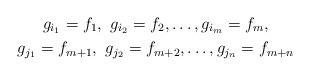
LaTeX: \begin{gather*}g_{i_1}=f_1,\ g_{i_2}=f_2,\dots,g_{i_m}=f_m,\\g_{j_1}=f_{m+1},\ g_{j_2}=f_{m+2},\dots, g_{j_n}=f_{m+n}\end{gather*}